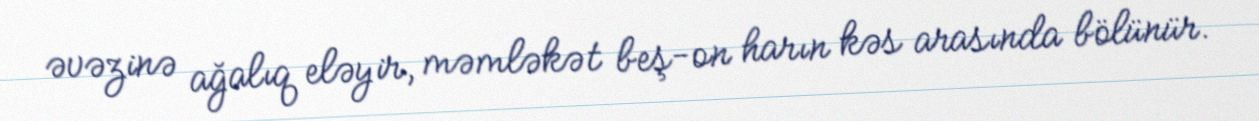
əvəzinə ağalıq eləyir, məmləkət beş-on harın kəs arasında bölünür.